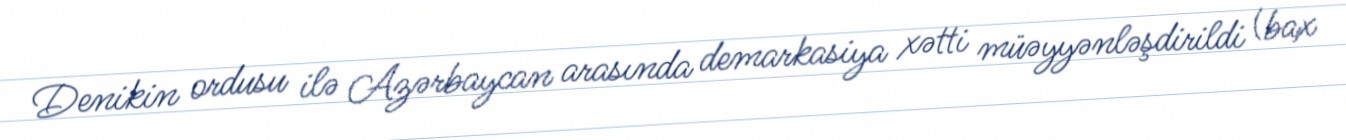
Denikin ordusu ilə Azərbaycan arasında demarkasiya xətti müəyyənləşdirildi (bax